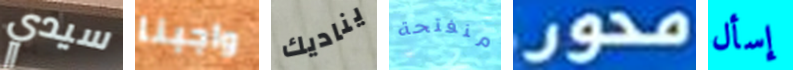
سيدي واجبنا يناديك منفتحة محور إسأل